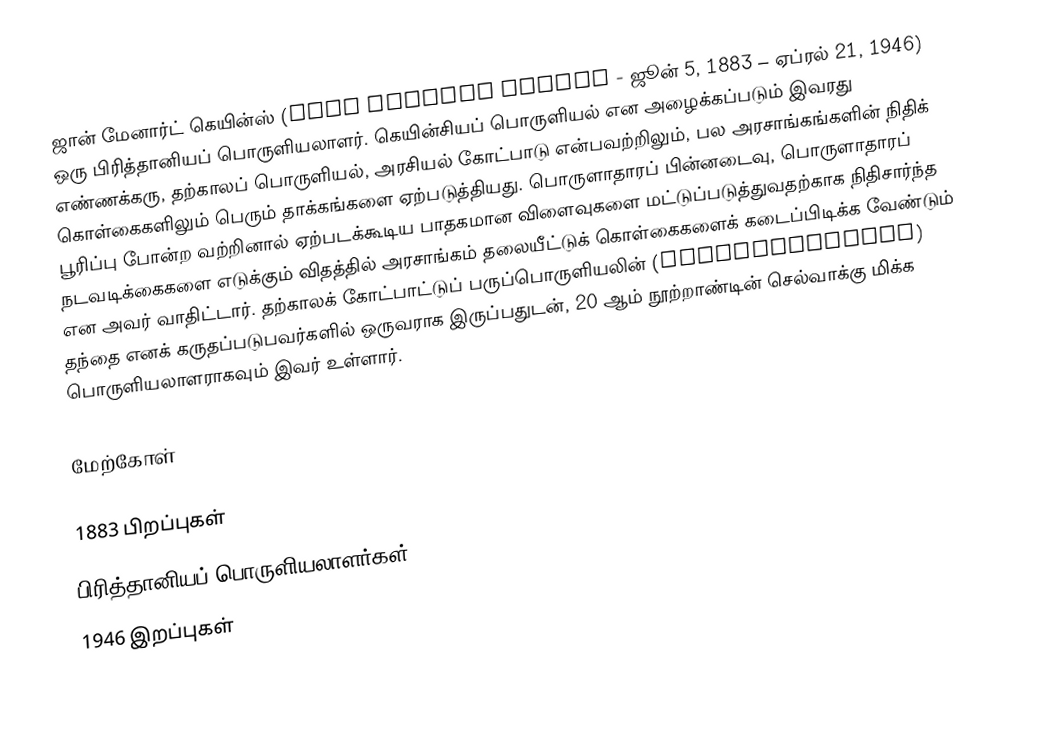
ஜான் மேனார்ட் கெயின்ஸ் (John Maynard Keynes - ஜூன் 5, 1883 – ஏப்ரல் 21, 1946) ஒரு பிரித்தானியப் பொருளியலாளர். கெயின்சியப் பொருளியல் என அழைக்கப்படும் இவரது எண்ணக்கரு, தற்காலப் பொருளியல், அரசியல் கோட்பாடு என்பவற்றிலும், பல அரசாங்கங்களின் நிதிக் கொள்கைகளிலும் பெரும் தாக்கங்களை ஏற்படுத்தியது. பொருளாதாரப் பின்னடைவு, பொருளாதாரப் பூரிப்பு போன்ற வற்றினால் ஏற்படக்கூடிய பாதகமான விளைவுகளை மட்டுப்படுத்துவதற்காக நிதிசார்ந்த நடவடிக்கைகளை எடுக்கும் விதத்தில் அரசாங்கம் தலையீட்டுக் கொள்கைகளைக் கடைப்பிடிக்க வேண்டும் என அவர் வாதிட்டார். தற்காலக் கோட்பாட்டுப் பருப்பொருளியலின் (macroeconomics) தந்தை எனக் கருதப்படுபவர்களில் ஒருவராக இருப்பதுடன், 20 ஆம் நூற்றாண்டின் செல்வாக்கு மிக்க பொருளியலாளராகவும் இவர் உள்ளார்.

மேற்கோள்

1883 பிறப்புகள்
பிரித்தானியப் பொருளியலாளர்கள்
1946 இறப்புகள்